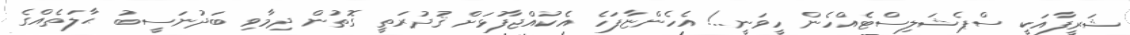
ޝަރީފާއަކީ ސްޕެޝަލިސްޓެއްހެން ހީވަނީ..! އެހެންޏާފަހެ އެކުއްޖާފުޅަށް ޤުދުރަތީ ގޮތުން ދިމާވި ބަދުނަސީބު ޙާލަތެއްގެ